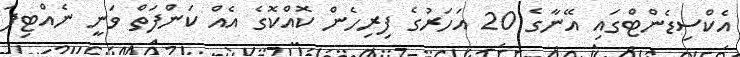
އެކްސިޑެންޓްގައި އޭނާގެ 20 އަހަރުގެ ފިރިހެން ކޮއްކޮގެ އެއް ކަންފަތް ވަނީ ނެއްޓިފަ